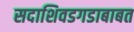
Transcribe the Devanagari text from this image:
सदाशिवडगडाबाबत